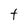
Character: t